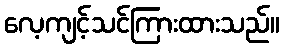
လေ့ကျင့်သင်ကြားထားသည်။